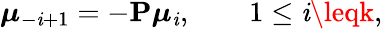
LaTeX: \boldsymbol{\mu}_{-\mathit{i}+1}=-\mathbf{{P}}\boldsymbol{\mu}_{\mathit{i}},\qquad1\leq\mathit{i}\leqk,